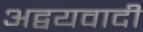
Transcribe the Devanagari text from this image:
अद्वयवादी